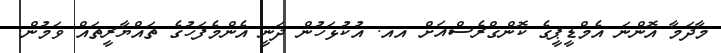
މާދަމާ އޮންނަ އެމްޑީޕީގެ ކޮންގްރެސްއަށް އއ. އުކުޅަހުން ދަނީ އެންމެފަހުގެ ތައްޔާރީތައް ވަމުން.